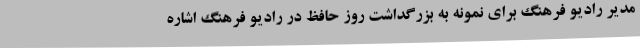
مدیر رادیو فرهنگ برای نمونه به بزرگداشت روز حافظ در رادیو فرهنگ اشاره